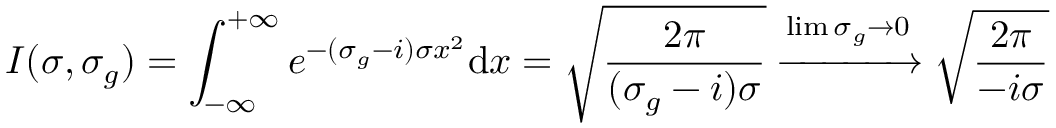
I ( \sigma , \sigma _ { g } ) = \int _ { - \infty } ^ { + \infty } e ^ { - ( \sigma _ { g } - i ) \sigma x ^ { 2 } } \mathrm { d } x = \sqrt { \frac { 2 \pi } { ( \sigma _ { g } - i ) \sigma } } \xrightarrow { \operatorname* { l i m } { \sigma _ { g } \rightarrow 0 } } \sqrt { \frac { 2 \pi } { - i \sigma } }